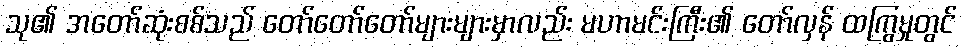
သု၏ အတော်ဆုံးစစ်သည် တော်တော်တော်များများမှာလည်း မဟာမင်းကြီး၏ တော်လှန် ထကြွမှုတွင်